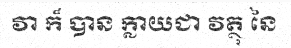
វា ក៏ បាន ក្លាយជា វត្ថុ នៃ